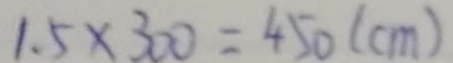
1 . 5 \times 3 0 0 = 4 5 0 ( c m )